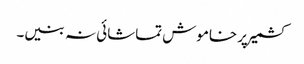
کشمیر پر خاموش تماشائی نہ بنیں۔